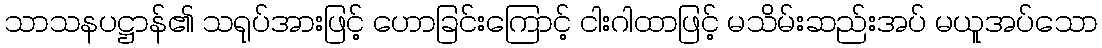
သာသနပဋ္ဌာန်၏ သရုပ်အားဖြင့် ဟောခြင်းကြောင့် ငါးဂါထာဖြင့် မသိမ်းဆည်းအပ် မယူအပ်သော